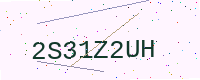
Text: 2S31Z2UH